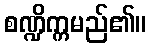
စဏ္ဍိက္ကမည်၏။